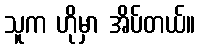
သူက ဟိုမှာ အိပ်တယ်။